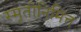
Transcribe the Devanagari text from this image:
स्मृतीनिमित्त